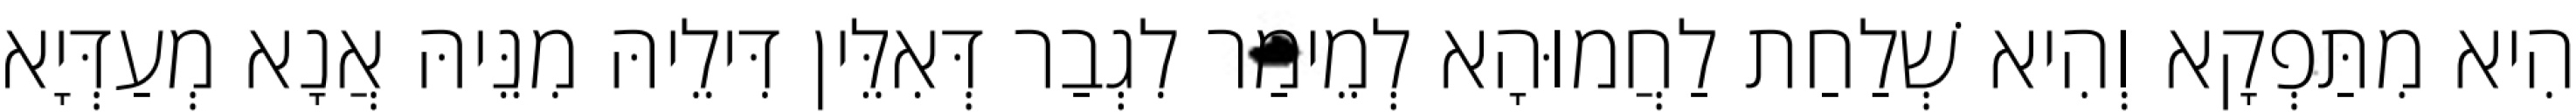
הִיא מִתַּפְקָא וְהִיא שְׁלַחַת לַחֲמוּהָא לְמֵימַר לִגְבַר דְּאִלֵּין דִּילֵיהּ מִנֵּיהּ אֲנָא מְעַדְּיָא